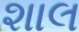
શાલ